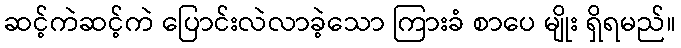
ဆင့်ကဲဆင့်ကဲ ပြောင်းလဲလာခဲ့သော ကြားခံ စာပေ မျိုး ရှိရမည်။